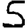
Digit: 5